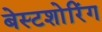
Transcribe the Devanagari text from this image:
बेस्टशोरिंग